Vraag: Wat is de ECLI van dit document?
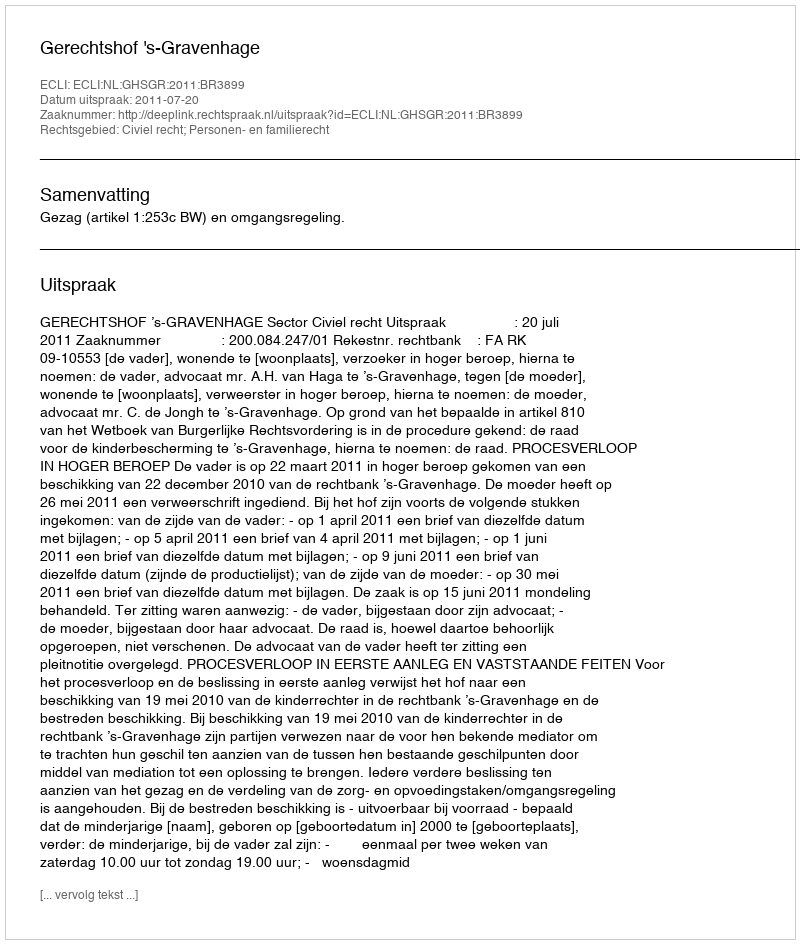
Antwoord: ECLI:NL:GHSGR:2011:BR3899